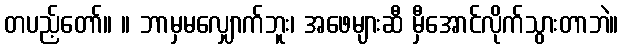
တပည့်တော်။ ။ ဘာမှမလျှောက်ဘူး၊ အဖေများဆီ မှီအောင်လိုက်သွားတာဘဲ။